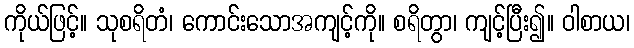
ကိုယ်ဖြင့်။ သုစရိတံ၊ ကောင်းသောအကျင့်ကို။ စရိတွာ၊ ကျင့်ပြီး၍။ ဝါစာယ၊